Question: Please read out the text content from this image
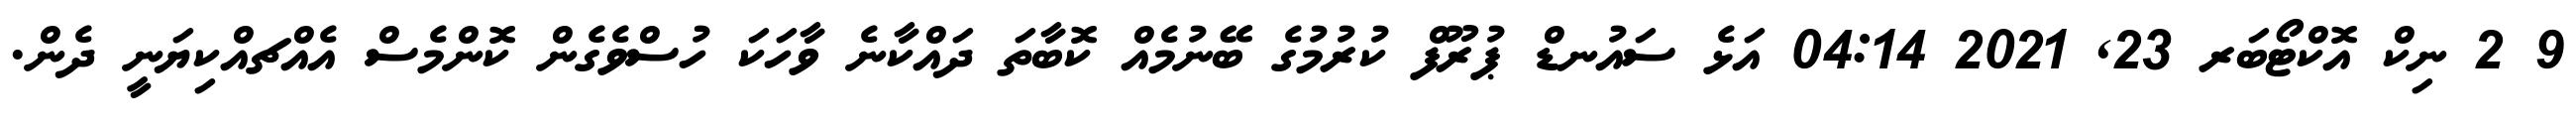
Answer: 9 2 ނިކް އޮކްޓޯބަރ 23, 2021 04:14 އަޅެ ސައުނޑް ޕުރޫފް ކުރުމުގެ ބޭނުމެއް ކޮބާތަ ދައްކާނެ ވާހަކަ ހުސްވެގެން ކޮންމެސް އެއްޗއްކިޔަނީ ދެން.